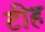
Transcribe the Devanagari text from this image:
टीह